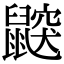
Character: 鼵